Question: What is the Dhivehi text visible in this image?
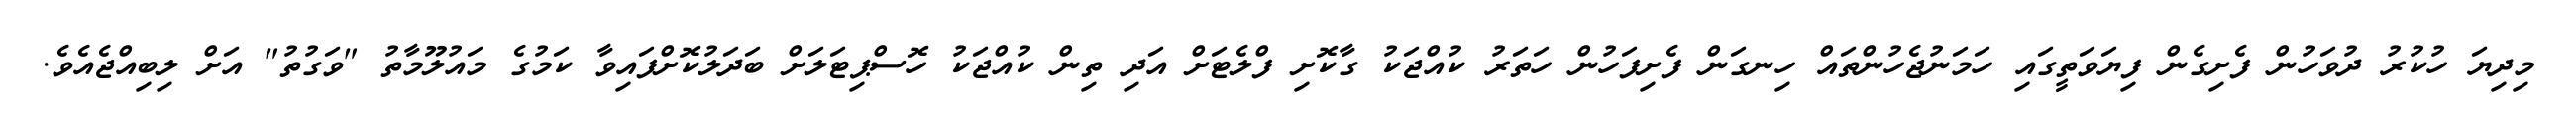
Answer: މިދިޔަ ހުކުރު ދުވަހުން ފެށިގެން ފިޔަވަތީގައި ހަމަނުޖެހުންތައް ހިނގަން ފެށިފަހުން ހަތަރު ކުއްޖަކު ގާކޮށި ފްލެޓަށް އަދި ތިން ކުއްޖަކު ހޮސްޕިޓަލަށް ބަދަލުކޮށްފައިވާ ކަމުގެ މައުލޫމާތު "ވަގުތު" އަށް ލިބިއްޖެއެވެ.